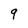
Character: 9